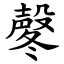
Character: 㲇